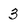
Character: 3